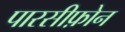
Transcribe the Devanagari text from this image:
पारसीफ़ोन